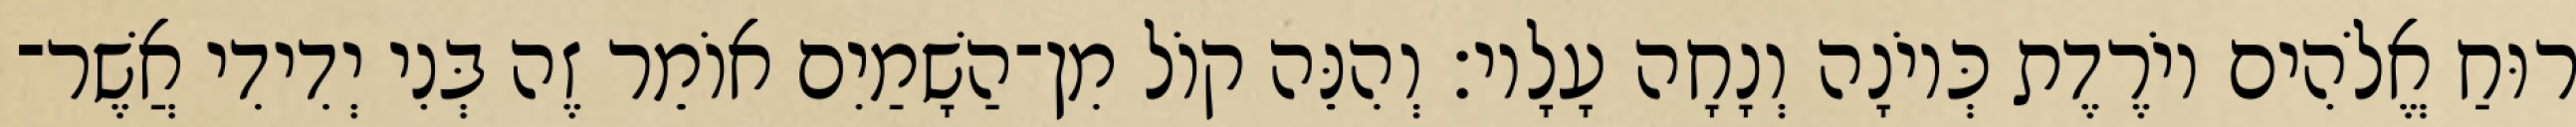
רוּחַ אֱלֹהִים יוֹרֶדֶת כְּיוֹנָה וְנָחָה עָלָיו׃ וְהִנֵּה קוֹל מִן־הַשָׁמַיִם אוֹמֵר זֶה בְּנִי יְדִידִי אֲשֶׁר־